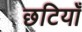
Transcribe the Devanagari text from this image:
छटियाँ